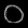
Digit: ၀